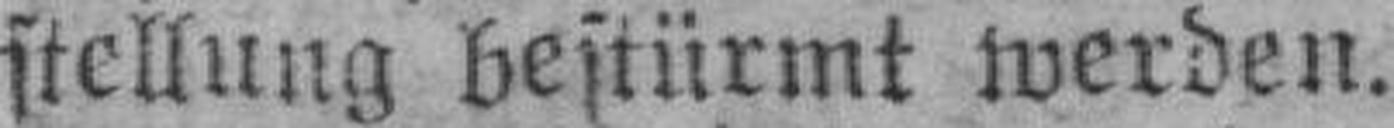
stellung bestürmt werden.